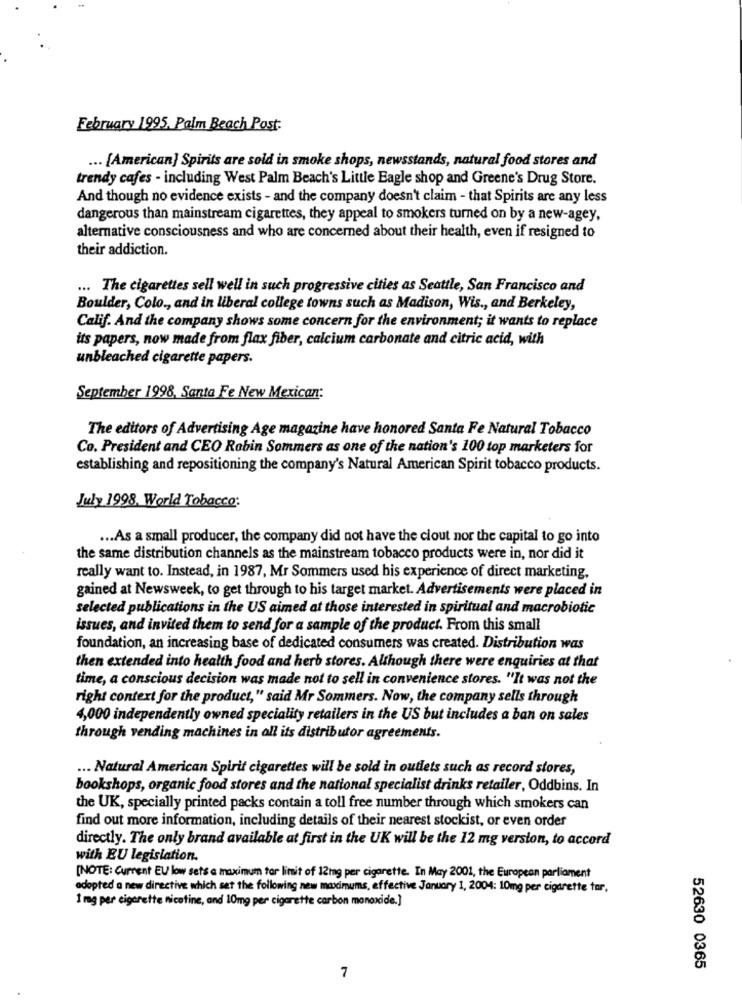
February 1995. Palm Beach Post.
... [American] Spirits are sold in smoke shops, newsstands, natural food stores and
trendy cafes - including West Palm Beach's Little Eagle shop and Greene's Drug Store.
And though no evidence exists - and the company doesn't claim - that Spirits are any less
dangerous than mainstream cigarettes, they appeal to smokers turned on by a new-agey,
alternative consciousness and who are concerned about their health, even if resigned to
their addiction.
... The cigarettes sell well in such progressive cities as Seattle, San Francisco and
Boulder, Colo ., and in liberal college towns such as Madison, Wis ., and Berkeley,
Calif. And the company shows some concern for the environment; it wants to replace
its papers, now made from flax fiber, calcium carbonate and citric acid, with
unbleached cigarette papers.
September 1998, Santa Fe New Mexican:
The editors of Advertising Age magazine have honored Santa Fe Natural Tobacco
Co. President and CEO Robin Sommers as one of the nation's 100 top marketers for
establishing and repositioning the company's Natural American Spirit tobacco products.
July 1998. World Tobacco:
... As a small producer, the company did not have the clout nor the capital to go into
the same distribution channels as the mainstream tobacco products were in, nor did it
really want to. Instead, in 1987, Mr Sommers used his experience of direct marketing,
gained at Newsweek, to get through to his target market. Advertisements were placed in
selected publications in the US aimed at those interested in spiritual and macrobiotic
issues, and invited them to send for a sample of the product. From this small
foundation, an increasing base of dedicated consumers was created. Distribution was
then extended into health food and herb stores. Although there were enquiries at that
time, a conscious decision was made not to sell in convenience stores. "It was not the
right context for the product," said Mr Sommers. Now, the company sells through
4,000 independently owned speciality retailers in the US but includes a ban on sales
through vending machines in all its distributor agreements.
... Natural American Spirit cigarettes will be sold in outlets such as record stores,
bookshops, organic food stores and the national specialist drinks retailer, Oddbins. In
the UK, specially printed packs contain a toll free number through which smokers can
find out more information, including details of their nearest stockist, or even order
directly. The only brand available at first in the UK will be the 12 mg version, to accord
with EU legislation.
[NOTE: Current EU low sets a maximum tor limit of 12mg per cigarette. In May 2001, the European parliament
adopted a new directive which set the following new maximums, effective January 1, 2004: 10mg per cigarette tor,
1 mg per cigarette nicotine, and 10mg per cigarette carbon monoxide.]
52630 0365
7